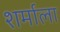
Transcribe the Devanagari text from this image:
शर्माला